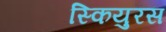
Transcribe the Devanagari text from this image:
स्कियुरस